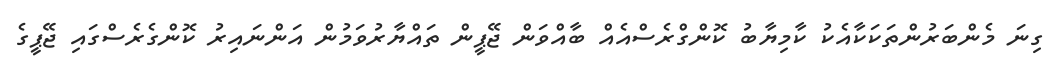
ގިނަ މެންބަރުންތަކަކާއެކު ކާމިޔާބު ކޮންގްރެސްއެއް ބާއްވަން ޖޭޕީން ތައްޔާރުވަމުން އަންނައިރު ކޮންގެރެސްގައި ޖޭޕީގެ